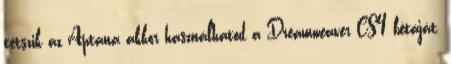
tetszik az Aptana akkor használhatod a Dreamweaver CS4 bétáját,